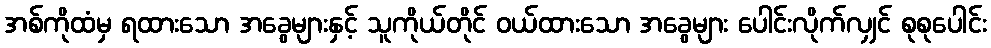
အစ်ကိုထံမှ ရထားသော အခွေများနှင့် သူကိုယ်တိုင် ဝယ်ထားသော အခွေများ ပေါင်းလိုက်လျှင် စုစုပေါင်း